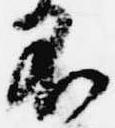
不